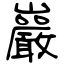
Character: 巖